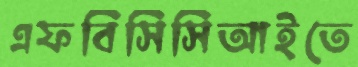
এফবিসিসিআইতে